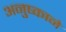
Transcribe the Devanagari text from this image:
अनुष्काने